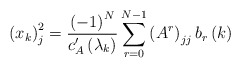
\begin{align*}\left( x_{k}\right) _{j}^{2}=\frac{\left( -1\right) ^{N}}{c_{A}^{\prime}\left( \lambda_{k}\right) }\sum_{r=0}^{N-1}\left( A^{r}\right) _{jj}b_{r}\left( k\right) \end{align*}